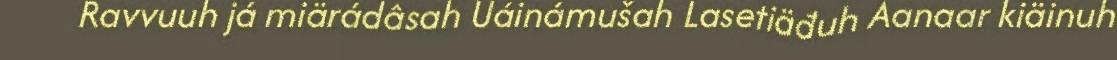
Ravvuuh já miärádâsah Uáinámušah Lasetiäđuh Aanaar kiäinuh